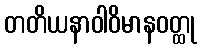
တတိယနာဝါဝိမာနဝတ္ထု